Some observations on the poison of the banded krait (Bungarus fasciatus) - Number 7
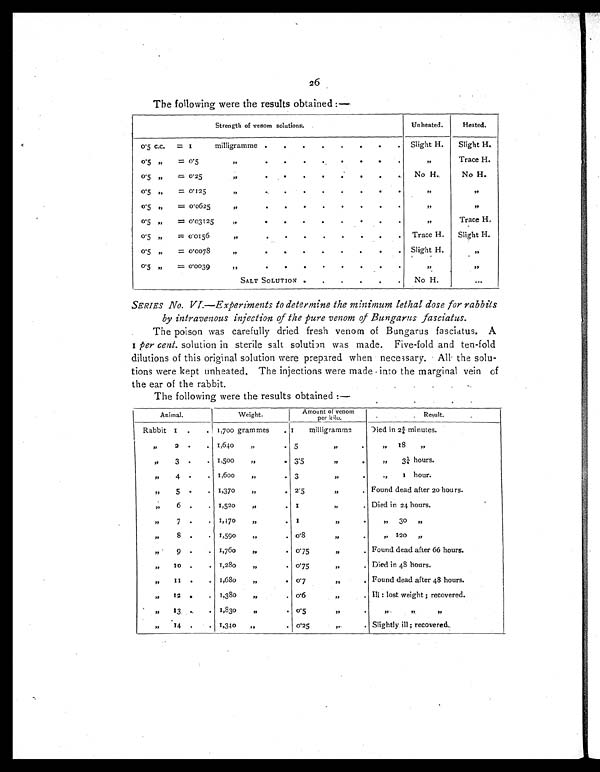
26
The following were the results obtained :—
Strength of venom solutions.
Unheated.
Heated.
0.5 c.c. = 1
milligramme .
.
.
.
.
.
. . Slight H.
Slight H.
0.5 ”
= 0.5
”
.
.
.
.
.
. .
.
”
Trace H.
0.5
”
= 0.25
”
.
. .
.
.
.
.
.
No H.
No H.
0.5
”
= 0.125
”
.
.
.
.
.
.
.
.
”
”
0.5 ”
= 0.0625
”
.
.
.
.
.
.
. .
”
”
0.5
”
= 0.03125
”
.
. .
. .
.
. .
”
Trace H.
0.5 ”
= 0.0156
”
.
.
. .
.
.
.
. Trace H.
Slight H.
0 . 5 ”
= 0.0078
”
.
.
.
.
.
.
.
. Slight H.
”
0.5
”
= 0.0039
”
.
. .
.
.
.
.
.
”
”
SALT SOLUTION
.
.
.
.
.
No H.
. . .
SERIES No. VI—Experiments to determine the minimum lethal dose for rabbits
by intravenous injection of the pure venom of Bungarus fasciatus.
The poison was carefully dried fresh venom of Bungarus fasciatus. A
1 per cent. solution in sterile salt solution was made. Five-fold and ten-fold
dilutions of this original solution were prepared when necessary. All the solu-
tions were kept unheated. The injections were made into the marginal vein of
the ear of the rabbit.
The following were the results obtained :—
Animal.
Weight.
Amount of venom
per kilo.
Result.
Rabbit
1 .
. 1,700 grammes
. 1
milligramme
Died in 2¾ minutes.
”
2
.
. 1,640
” . 5
”
.
”
1 8
”
”
3
.
. 1,500
”
. 3.5
”
.
”
3¼ hours.
”
4 .
. 1,600
” . 3
”
.
”
1 hour.
”
5
.
. 1,370
” . 2.5
”
. Found dead after 20 hours.
”
6 .
. 1,520
” . 1
”
. Died in 24 hours.
”
7
.
. 1,470
”
. 1
”
.
” 30 ”
”
8
.
. 1,590
” . 0.8
”
.
” 120 ”
”
9 .
. 1,760
” . 0.75
”
. Found dead after 66 hours.
”
10
.
. 1,280
” . 0.75
”
. Died in 48 hours.
”
1 1 .
. 1,680
”
. 0.7
”
. Found dead after 48 hours.
”
12
.
. 1,380
” . 0.6
”
. III: lost weight ; recovered.
”
13
.
. 1,830
” . 0.5
”
.
”
”
”
”
14 .
. 1,340
”
. 0.25
”
. Slightly ill ; recovered.